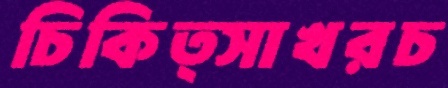
চিকিত্সাখরচ